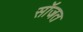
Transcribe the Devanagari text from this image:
सॉजत